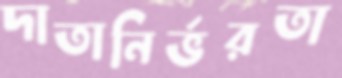
দাতানির্ভরতা